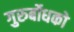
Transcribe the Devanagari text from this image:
गुरुर्बोधको